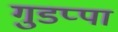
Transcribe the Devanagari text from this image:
गुडप्पा